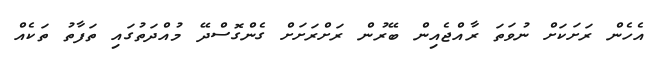
އެހެން ރަށަކަށް ނުވަތަ ރާއްޖެއިން ބޭރުން ރަށްރަށަށް ގެންގޮސްދޭ މުއްދަތުގައި ތަފާތު ތަކެއް